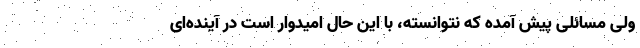
ولی مسائلی پیش آمده که نتوانسته، با این حال امیدوار است در آینده‌ای